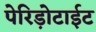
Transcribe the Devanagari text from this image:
पेरिड़ोटाईट